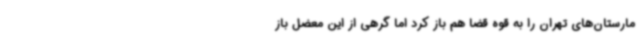
مارستان‌های تهران را به قوه قضا هم باز کرد اما گرهی از این معضل باز